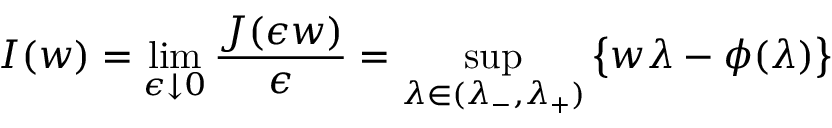
I ( w ) = \operatorname* { l i m } _ { \epsilon \downarrow 0 } \frac { J ( \epsilon w ) } { \epsilon } = \operatorname* { s u p } _ { \lambda \in ( \lambda _ { - } , \lambda _ { + } ) } \big \{ w \lambda - \phi ( \lambda ) \big \}